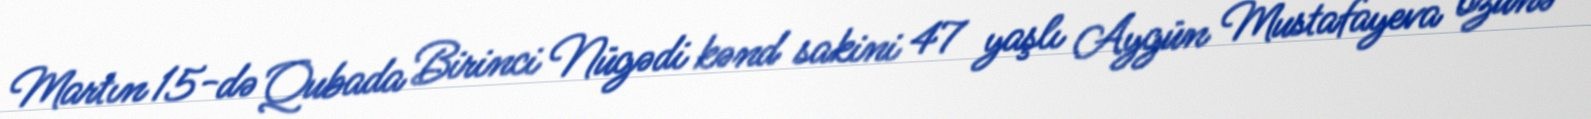
Martın 15-də Qubada Birinci Nügədi kənd sakini 47 yaşlı Aygün Mustafayeva özünə